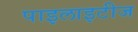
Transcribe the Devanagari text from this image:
पाइलाइटीज